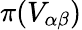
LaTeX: \pi(V_{\alpha\beta})